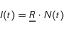
\boldsymbol { I } ( t ) = \underline { { \boldsymbol { R } } } \cdot \boldsymbol { N } ( t )